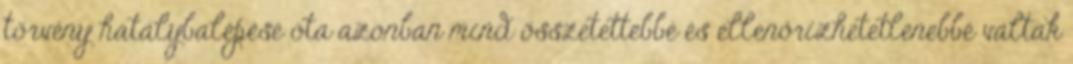
törvény hatálybalépése óta azonban mind összetettebbé és ellenőrizhetetlenebbé váltak